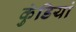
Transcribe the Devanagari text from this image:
कुंडियां